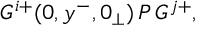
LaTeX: G ^ { i + } ( 0 , y ^ { - } , 0 _ { \perp } ) \, { \cal P } \, G ^ { j + } ,